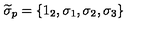
\widetilde { \sigma } _ { p } = \left\{ 1 _ { 2 } , \sigma _ { 1 } , \sigma _ { 2 } , \sigma _ { 3 } \right\}